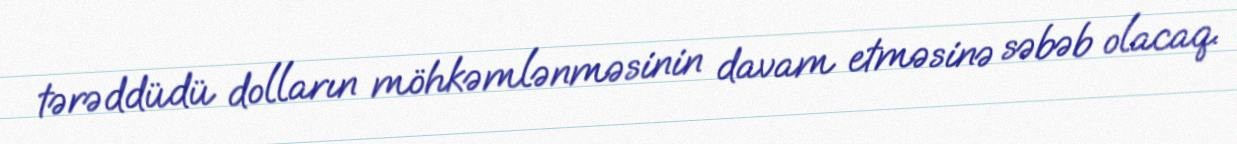
tərəddüdü dolların möhkəmlənməsinin davam etməsinə səbəb olacaq.